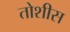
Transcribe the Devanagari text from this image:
तोशीस